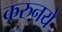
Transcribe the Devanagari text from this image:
करुनये